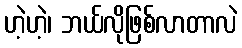
ဟဲ့ဟဲ့၊ ဘယ်လိုဖြစ်လာတာလဲ